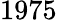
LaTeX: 1975